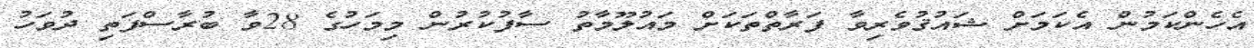
އެހެންކަމުން އެކަމަށް ޝައުޤުވެރިވާ ފަރާތްތަކަށް މައުލޫމާތު ސާފުކުރުން މިމަހުގެ 28ވާ ބުރާސްފަތި ދުވަހު